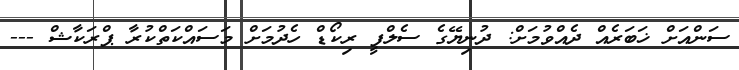
ސަންއަށް ޚަބަރެއް ދެއްވުމަށް: ދުނިޔޭގެ ސެލްފީ ރިކޯޑް ހެދުމަށް މަސައްކަތްކުރާ ޕްރަކާޝް ---